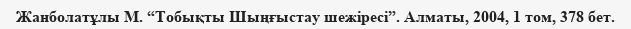
Жанболатұлы М. “Тобықты Шыңғыстау шежiресi”. Алматы, 2004, 1 том, 378 бет.